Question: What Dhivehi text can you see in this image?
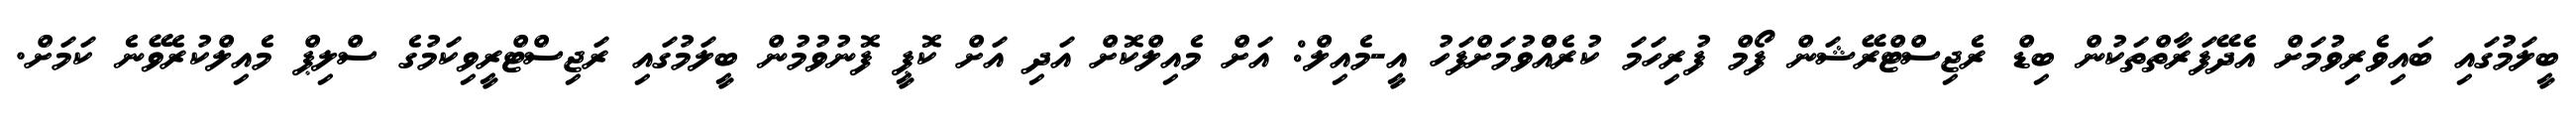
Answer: ބީލަމުގައި ބައިވެރިވުމަށް އެދޭފަރާތްތަކުން ބިޑް ރެޖިސްޓްރޭޝަން ފޯމް ފުރިހަމަ ކުރެއްްވުމަށްފަހު އީ-މެއިލް: އަށް މެއިލްކޮށް އަދި އަށް ކޮޕީ ފޮނުވުމުން ބީލަމުގައި ރަޖިސްޓްރީވިކަމުގެ ސްލިޕް މެއިލްކުރެވޭނެ ކަމަށް.